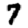
Digit: 7